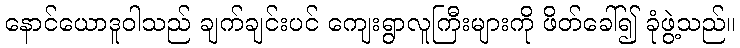
နောင်ယောဒူဝါသည် ချက်ချင်းပင် ကျေးရွာလူကြီးများကို ဖိတ်ခေါ်၍ ခုံဖွဲ့သည်။